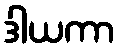
ဒါယကာ